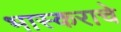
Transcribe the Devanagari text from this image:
भास्कराचे